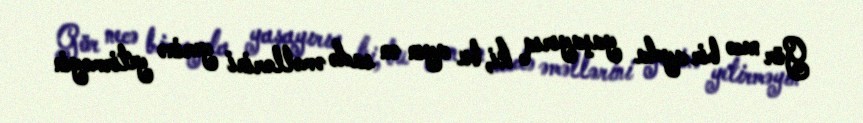
Gör necə bir ayda yaşayırıq ki, bu ayın ən sadə əməllərini yerinə yetirməyin